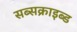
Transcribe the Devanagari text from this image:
सब्सक्राइब्ड